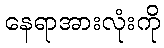
နေရာအားလုံးကို